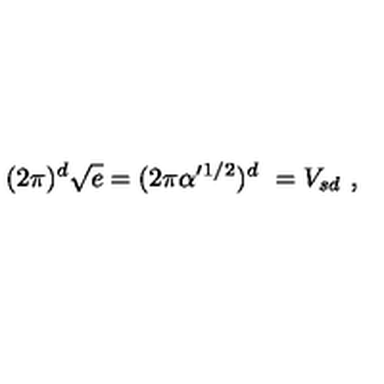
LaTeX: ( 2 \pi ) ^ { d } \sqrt { e } = ( 2 \pi \alpha ^ { \prime } { } ^ { 1 / 2 } ) ^ { d } \ = V _ { s d } \ ,